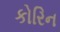
કોરિન